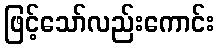
ဖြင့်သော်လည်းကောင်း